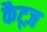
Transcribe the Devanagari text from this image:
कैट्ज़